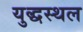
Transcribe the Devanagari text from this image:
युद्धस्‍थल